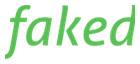
faked